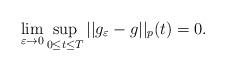
LaTeX: \begin{align*}\lim_{\varepsilon\to 0}\sup_{0\leq t\leq T}||g_{\varepsilon}-g||_{p}(t)=0. \end{align*}